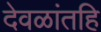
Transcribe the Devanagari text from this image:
देवळांतहि